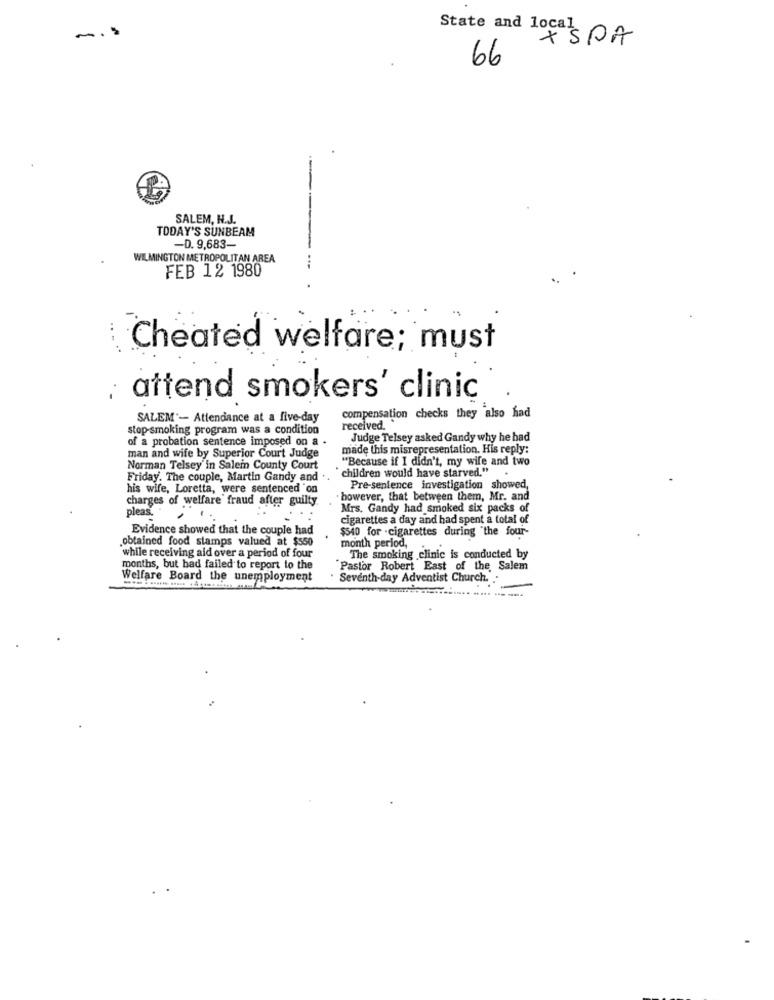
m.s
State and local
XSPA
66
SALEM, H.J.
TODAY'S SUNBEAM
-D. 9.683-
WILMINGTON METROPOLITAN AREA
FEB 12 1980
.. . ..
Cheated welfare; must
attend smokers' clinic
SALEM'- Attendance at a five-day
compensation checks they also had
stop-smoking program was a condition
received.
of a probation sentence imposed on a .
Judge Telsey asked Gandy why he had
made this misrepresentation. His reply:
man and wife by Superior Court Judge
"Because if I didn't, my wife and two
Norman Telsey in Salein County Court
Friday. The couple, Martin Gandy and ..
"children would have starved." .
his wife, Loretta, were sentenced "on
Pre-sentence investigation showed,
charges of welfare' fraud after guilty.
. however, that between them, Mr. and
pleas.
Mrs. Gandy had smoked six packs of
cigarettes a day and had spent a total of
Evidence showed that the couple had
$540 for -cigarettes during "the four-
.obtained food stamps valued at $550
while receiving aid over a period of four
month period,
The smoking clinic is conducted by
months, but had failed to report to the
"Pastor Robert East of the Salem
Welfare Board the unemployment
Seventh-day Adventist Church. ..